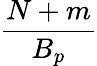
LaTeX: \frac{N+m}{B_{p}}